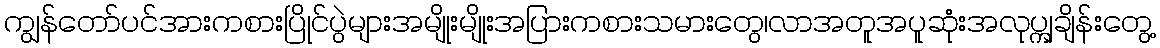
ကျွန်တော်ပင်အားကစားပြိုင်ပွဲများအမျိုးမျိုးအပြားကစားသမားတွေ၊လာအတူအပူဆုံးအလုပ္ကျချိန်းတွေ့